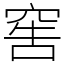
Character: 窖